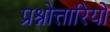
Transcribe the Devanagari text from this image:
प्रश्नोत्तारियों